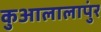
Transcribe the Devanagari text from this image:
कुआलालापुंर